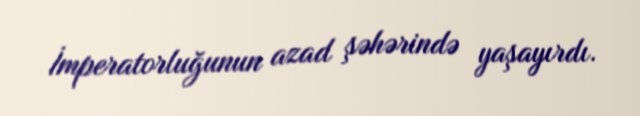
İmperatorluğunun azad şəhərində yaşayırdı.